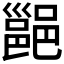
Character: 𮠅